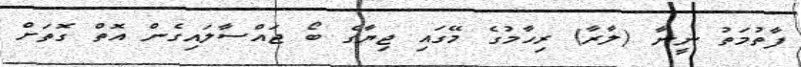
ފާތުމަތު ނީނާ (ލާރާ) ރިހާމުގެ މޭގައި ޖިޔާގެ ބޯ ޖައްސާލައިގެން އޮތް ގޮތަށް